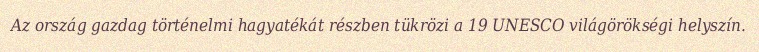
Az ország gazdag történelmi hagyatékát részben tükrözi a 19 UNESCO világörökségi helyszín.